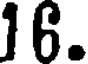
16.